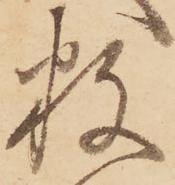
数